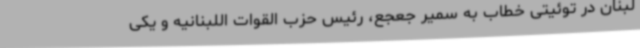
لبنان در توئیتی خطاب به سمیر جعجع، رئیس حزب القوات اللبنانیه و یکی